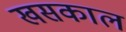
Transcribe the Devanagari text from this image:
खसकाल